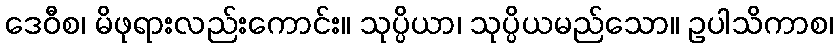
ဒေဝီစ၊ မိဖုရားလည်းကောင်း။ သုပ္ပိယာ၊ သုပ္ပိယမည်သော။ ဥပါသိကာစ၊